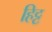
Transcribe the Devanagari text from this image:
हिट्ट